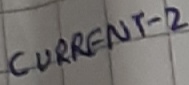
Text: CURRENT-2